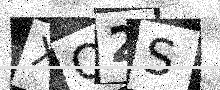
Text: XQ2S